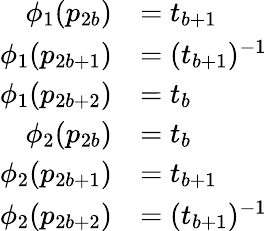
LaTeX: \begin{array}{rl}{\phi_{1}(p_{2b})}&{=t_{b+1}}\\ {\phi_{1}(p_{2b+1})}&{=(t_{b+1})^{-1}}\\ {\phi_{1}(p_{2b+2})}&{=t_{b}}\\ {\phi_{2}(p_{2b})}&{=t_{b}}\\ {\phi_{2}(p_{2b+1})}&{=t_{b+1}}\\ {\phi_{2}(p_{2b+2})}&{=(t_{b+1})^{-1}}\end{array}